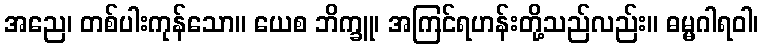
အညေ၊ တစ်ပါးကုန်သော။ ယေစ ဘိက္ခူ၊ အကြင်ရဟန်းတို့သည်လည်း။ ဓမ္မဂါရဝါ၊